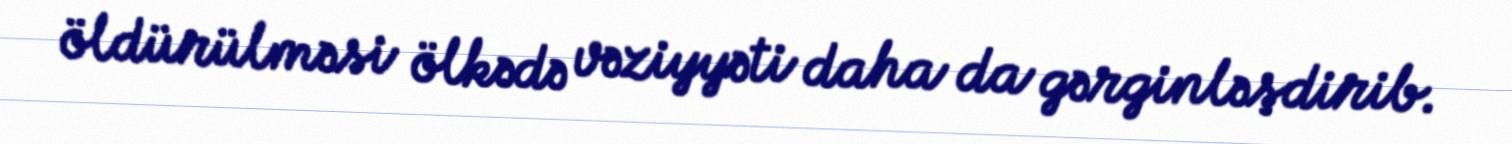
öldürülməsi ölkədə vəziyyəti daha da gərginləşdirib.